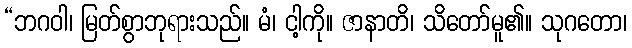
“ဘဂဝါ၊ မြတ်စွာဘုရားသည်။ မံ၊ ငါ့ကို။ ဇာနာတိ၊ သိတော်မူ၏။ သုဂတော၊